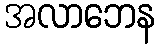
အလာဘေန